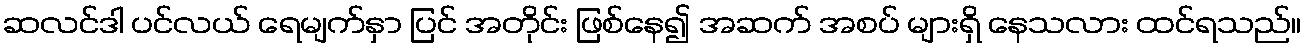
ဆလင်ဒါ ပင်လယ် ရေမျက်နှာ ပြင် အတိုင်း ဖြစ်နေ၍ အဆက် အစပ် များရှိ နေသလား ထင်ရသည်။